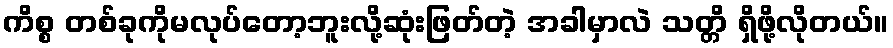
ကိစ္စ တစ်ခုကိုမလုပ်တော့ဘူးလို့ဆုံးဖြတ်တဲ့ အခါမှာလဲ သတ္တိ ရှိဖို့လိုတယ်။